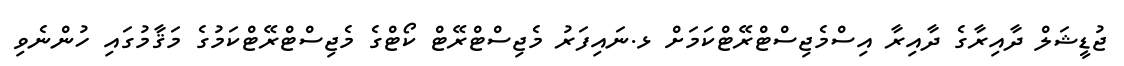
ޖުޑީޝަލް ދާއިރާގެ ދާއިރާ އިސްމެޖިސްޓްރޭޓްކަމަށް ޅ.ނައިފަރު މެޖިސްޓްރޭޓް ކޯޓްގެ މެޖިސްޓްރޭޓްކަމުގެ މަޤާމުގައި ހުންނެވި